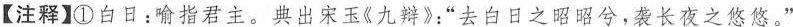
【注释】①白日：喻指君主。典出宋玉《九辩》：”去白日之昭昭兮，袭长夜之悠悠。”